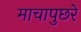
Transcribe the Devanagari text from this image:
माचापुछरे